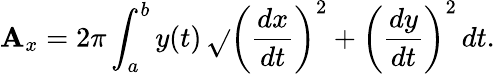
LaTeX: \mathbf{A}_{x}=2\pi\int_{a}^{b}y(t)\, {\sqrt{}{{\left({\frac{{dx}}{{dt}}}\right)^{2}+\left({\frac{{dy}}{{dt}}}\right)^{2}}}}\, dt.